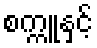
စက္ကူနှင့်